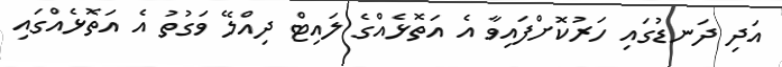
އަދި ދަނޑުގައި ހަރުކޮށްފައިވާ އެ އަތޮޅެއްގެ ލައިޓް ދިއްލޭ ވަގުތު އެ އަތޮޅެއްގައި